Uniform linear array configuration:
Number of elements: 12
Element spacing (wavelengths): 0.25
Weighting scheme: hamming
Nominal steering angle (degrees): -45
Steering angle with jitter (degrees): -44.128
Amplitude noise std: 0.05
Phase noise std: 0.05

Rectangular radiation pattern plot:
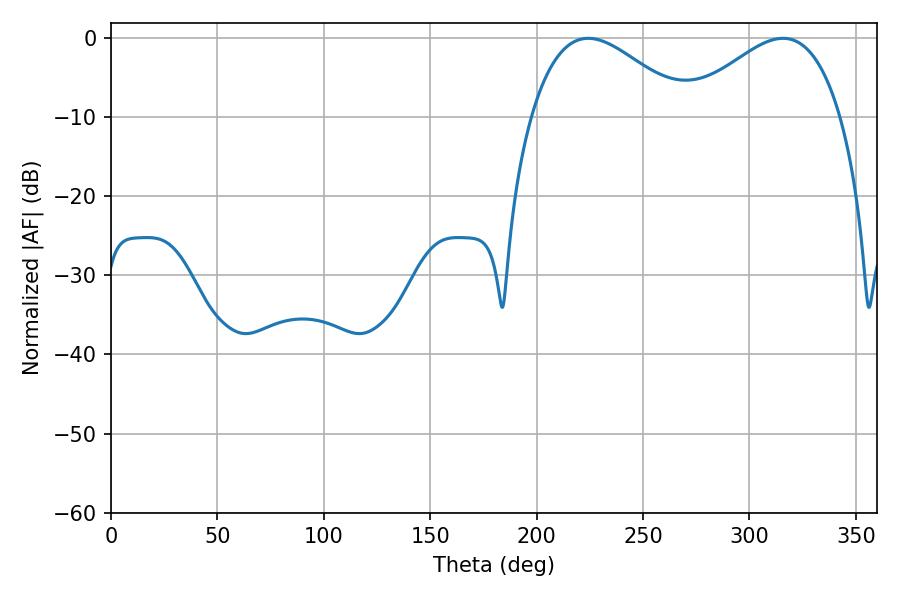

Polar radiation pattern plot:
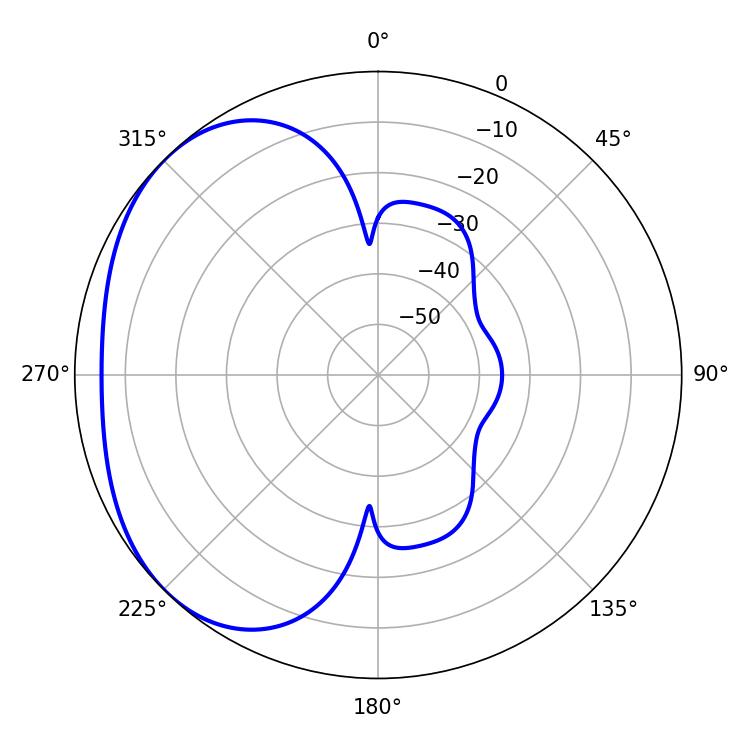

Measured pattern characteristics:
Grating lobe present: FALSE
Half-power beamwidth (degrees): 39.6
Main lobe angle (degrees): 224.28